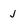
Character: j